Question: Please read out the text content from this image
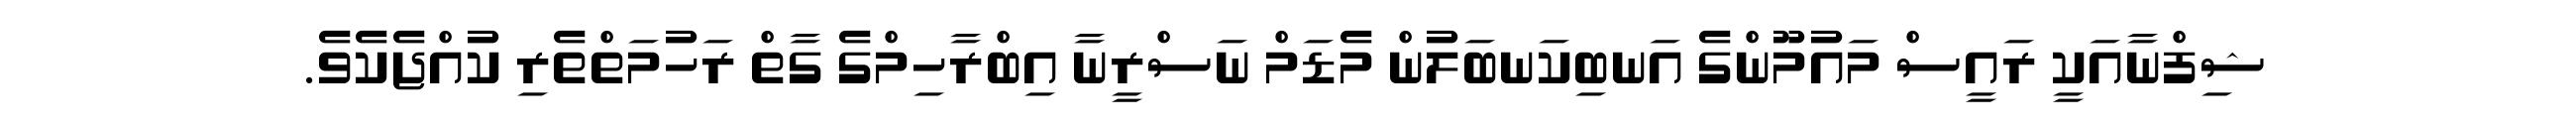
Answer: ޝިފްނާއަކީ ރައީސް މައުމޫންގެ އަނބިކަނބަލުން މެޑަމް ނަސްރީނާ އިބްރާހިމްގެ ގާތް ރަހުމަތްތެރި ކުއްޖެކެވެ.